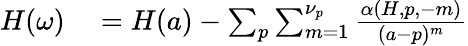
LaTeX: \begin{array}{r}{\begin{array}{rl}{H(\omega)}&{{}=H(a)-\sum_{p}\sum_{m=1}^{\nu_{p}}\frac{\alpha(H,p,-m)}{(a-p)^{m}}}\end{array}}\end{array}